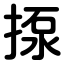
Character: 揼